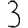
Digit: 3